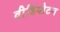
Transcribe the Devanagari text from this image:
वीडियोटन